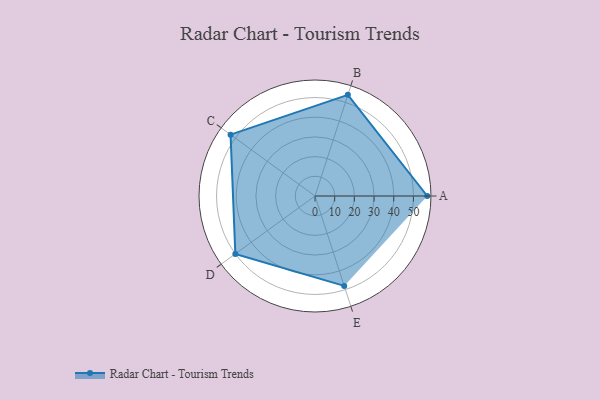
{"axis": {"x": "Skill", "y": "Score"}, "legend": ["Profile"], "data": [{"x": "A", "y": 57.0, "type": "Profile"}, {"x": "B", "y": 54.0, "type": "Profile"}, {"x": "C", "y": 53.0, "type": "Profile"}, {"x": "D", "y": 50.0, "type": "Profile"}, {"x": "E", "y": 48.0, "type": "Profile"}]}